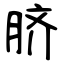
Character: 脐